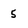
Character: 5